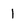
Character: 1